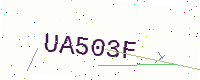
Text: UA503F